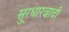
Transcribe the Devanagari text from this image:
सु्रधारवादी